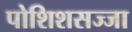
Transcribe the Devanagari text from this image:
पोशिशसज्जा